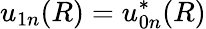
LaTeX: u_{1n}(R)=u_{0n}^{*}(R)